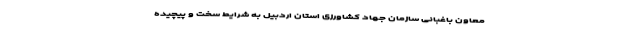
معاون باغبانی سازمان جهاد کشاورزی استان اردبیل به شرایط سخت و پیچیده